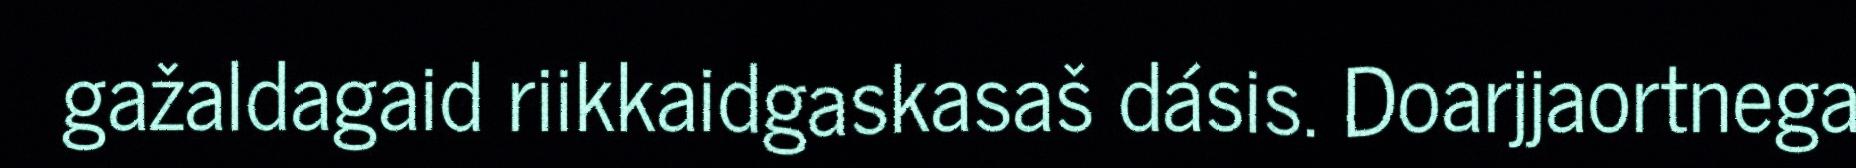
gažaldagaid riikkaidgaskasaš dásis. Doarjjaortnega